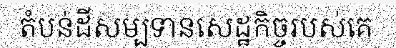
តំបន់ដីសម្បទានសេដ្ឋកិច្ចរបស់គេ